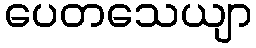
ပေတသေယျာ